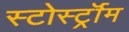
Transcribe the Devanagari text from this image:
स्टोर्स्ट्रॉम